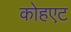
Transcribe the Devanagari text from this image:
कोहएट